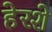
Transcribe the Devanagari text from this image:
हेरशे